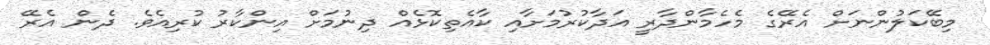
މިބޭކަލުންނަށް އެރޭގެ މެހެމާންދާރީ އަދާކުރުމަށާއި ކާއެތިކޮޅެއް ދިނުމަށް އިންކާރު ކުރިއެވެ. ދެން އެރޭ